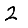
Digit: 2